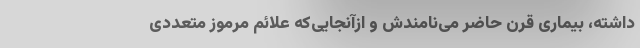
داشته، بیماری قرن حاضر می‌نامندش و ازآنجایی‌که علائم مرموز متعددی